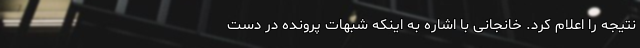
نتیجه‌ را اعلام کرد. خانجانی با اشاره به اینکه شبهات پرونده در دست